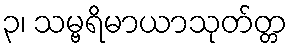
၃၊ သမ္ဗရိမာယာသုတ်တ္တ